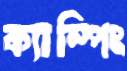
ক্যাম্পিং